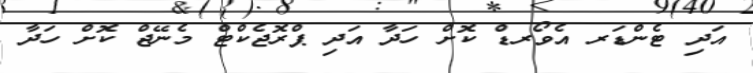
އަދި ޓެންޑަރ އެވޯރޑް ކޮށް ހަދާ އަދި ޕްރޮޖެކްޓް މެނޭޖް ކޮށް ހަދާ